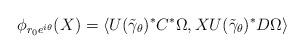
LaTeX: \begin{align*}\phi_{r_0e^{i\theta}}(X)=\langle U(\tilde\gamma_\theta)^*C^*\Omega,XU(\tilde\gamma_\theta)^*D\Omega\rangle\end{align*}